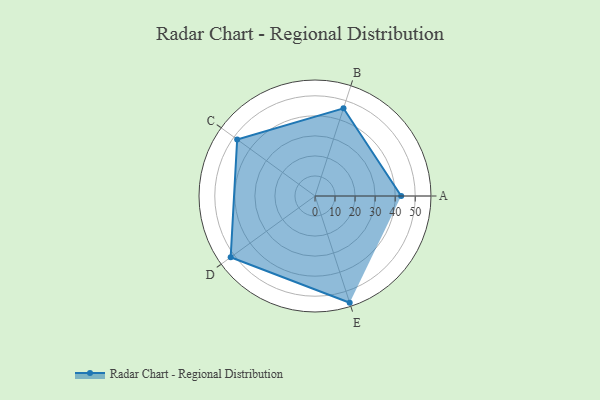
{"axis": {"x": "Skill", "y": "Score"}, "legend": ["Profile"], "data": [{"x": "A", "y": 43.0, "type": "Profile"}, {"x": "B", "y": 46.0, "type": "Profile"}, {"x": "C", "y": 48.0, "type": "Profile"}, {"x": "D", "y": 52.0, "type": "Profile"}, {"x": "E", "y": 56.0, "type": "Profile"}]}